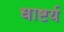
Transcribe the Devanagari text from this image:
धाष्टर्य